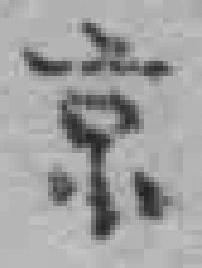
京